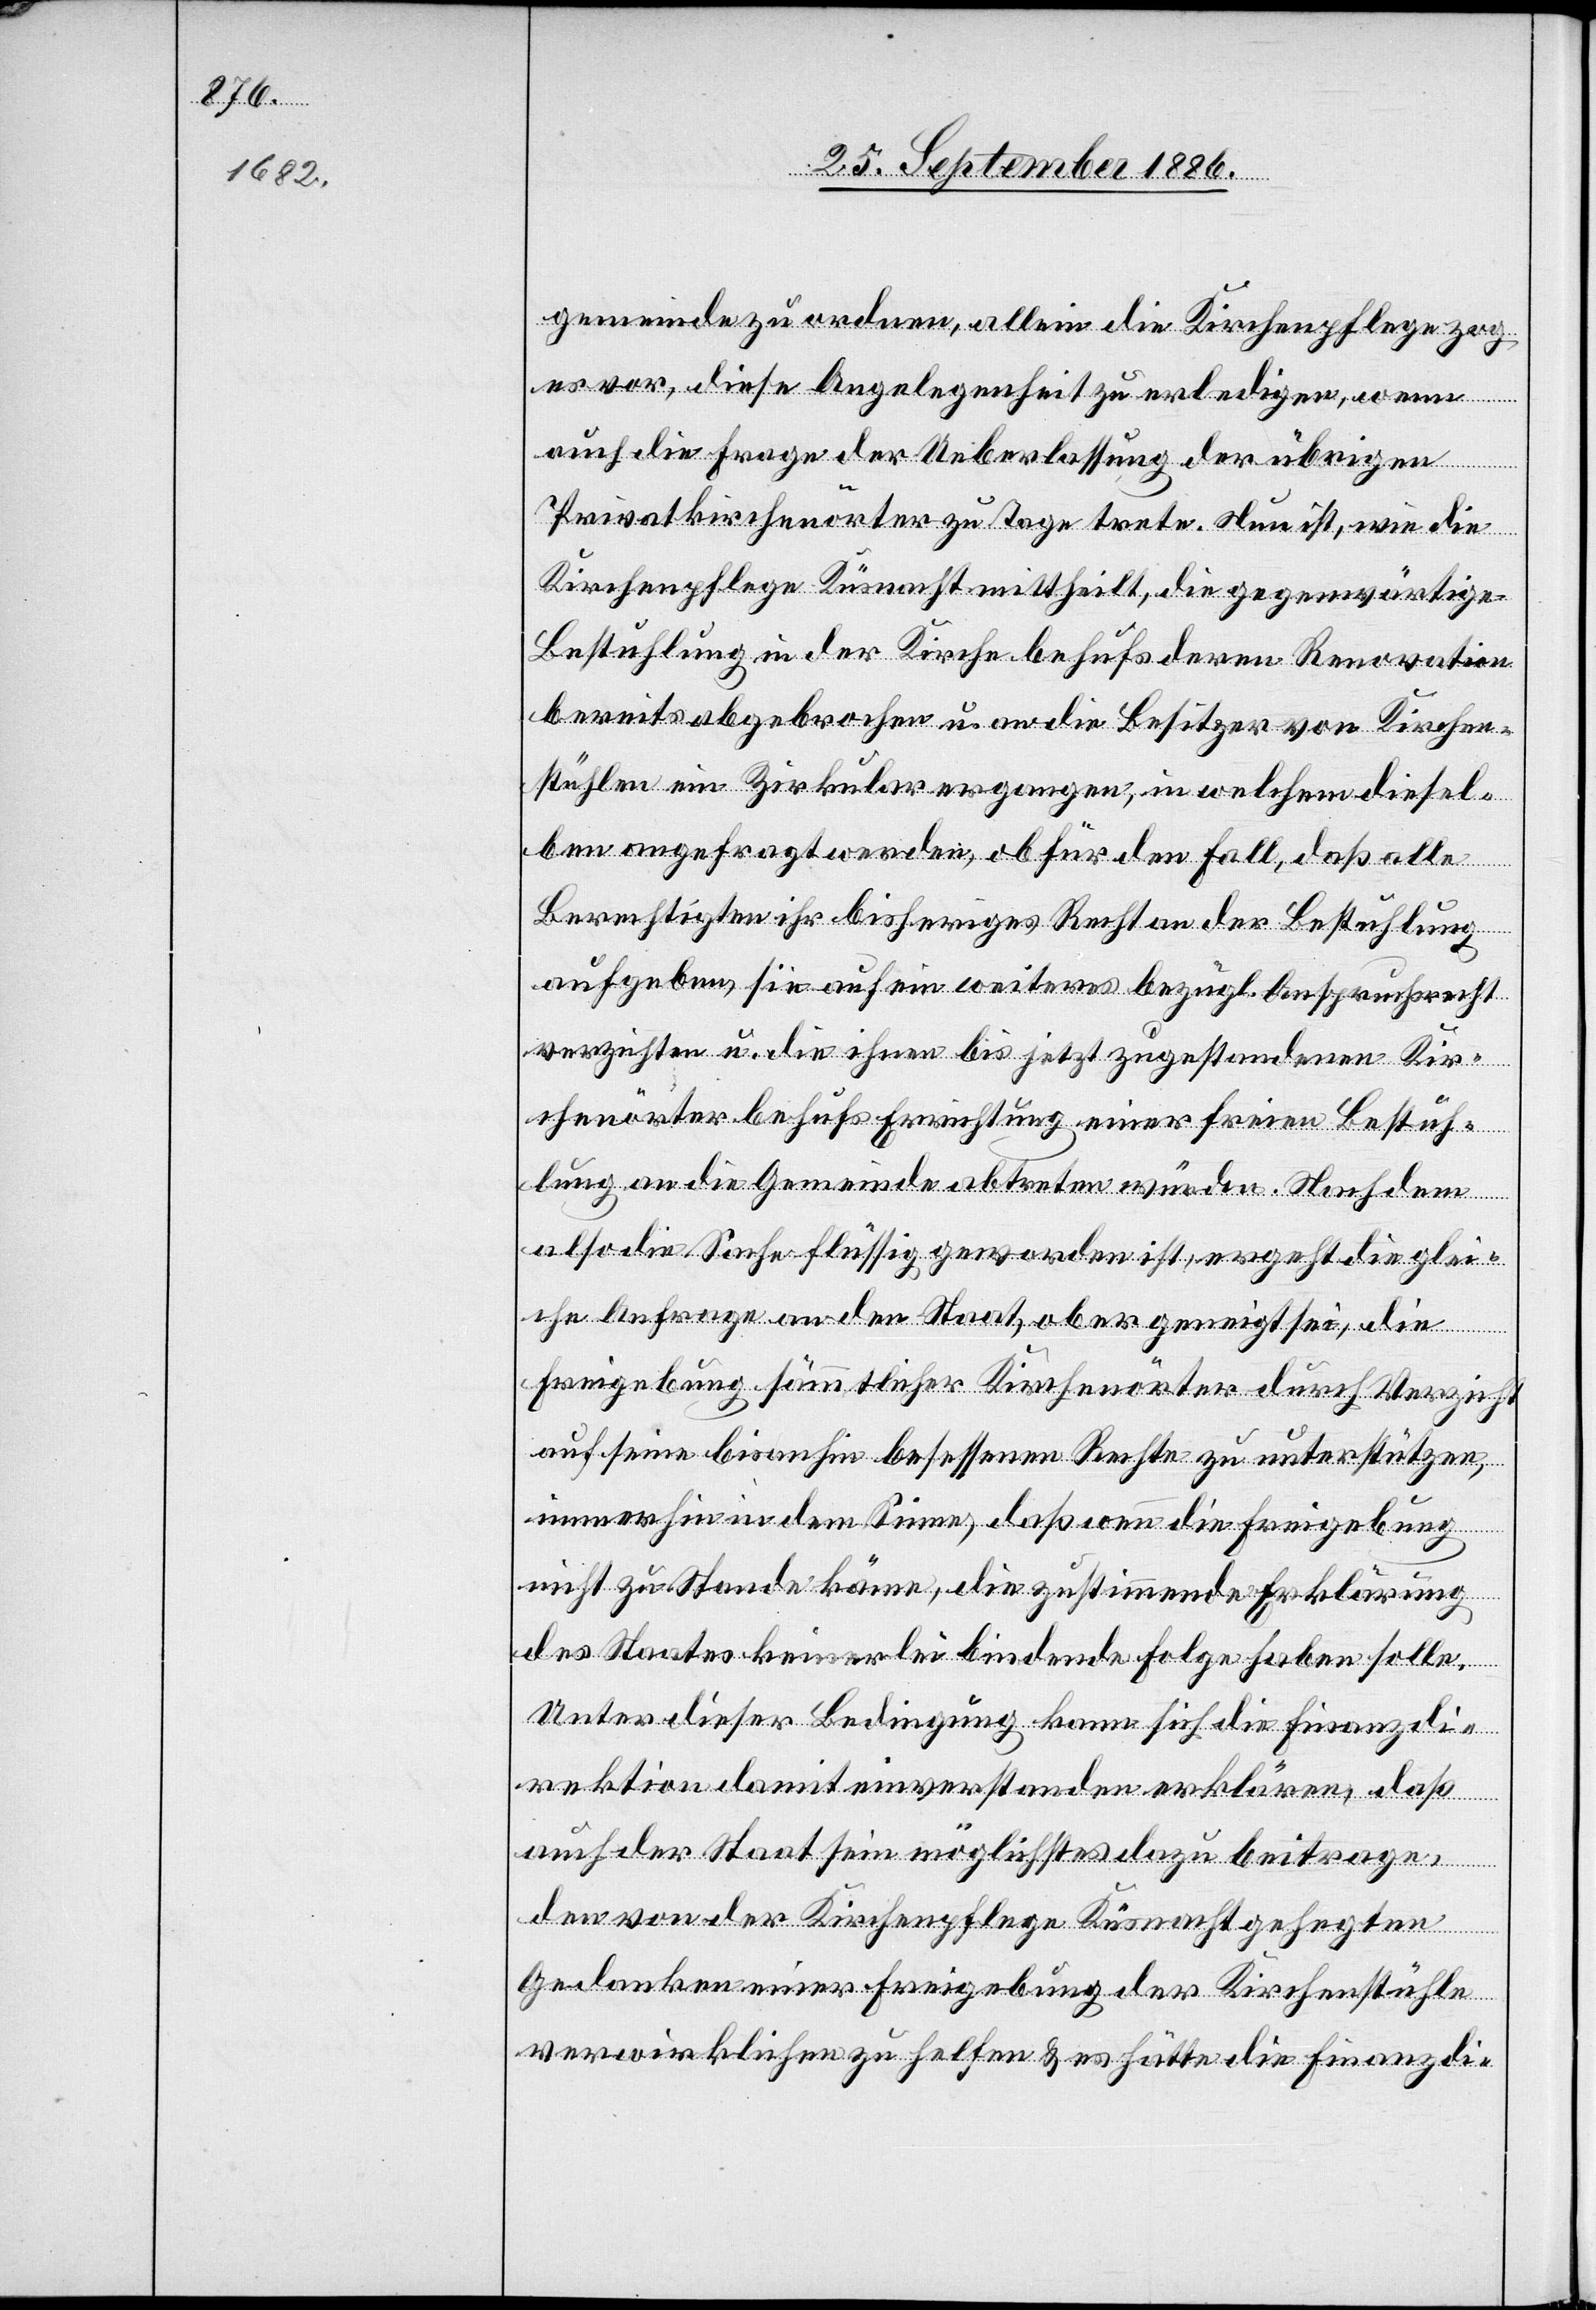
gemeinde zu ordnen, allein die Kirchenpflege zog
es vor, diese Angelegenheit zu erledigen, wenn
auch die Frage der Ueberlassung der übrigen
Privatkirchenörter zu Tage trete. Nun ist, wie die
Kirchenpflege Küsnacht mittheilt, die gegenwärtige
Bestuhlung in der Kirche behufs deren Renovation
bereits abgebrochen u. an die Besitzer von Kirchen¬
stühlen ein Zirkular ergangen, in welchem diesel¬
ben angefragt werden, ob für den Fall, daß alle
Berechtigten ihr bisheriges Recht an der Bestuhlung
aufgeben, sie auf ein weiteres bezügl. Anspruchsrecht
verzichten u. die ihnen bis jetzt zugestandenen Kir¬
chenörter behufs Errichtung einer freien Bestuh¬
lung an die Gemeinde abtreten würden. Nachdem
also die Sache flüssig [sic!] geworden ist, ergeht die glei¬
che Anfrage an den Staat, ob er geneigt sei, die
Freigebung sämmtlicher Kirchenörter durch Verzicht
auf seine bisanhin besessenen Rechte zu unterstützen,
immerhin in dem Sinne, daß wenn die Freigebung
nicht zu Stande käme, die zustimmende Erklärung
des Staates keinerlei bindende Folge haben solle.
Unter dieser Bedingung kann sich die Finanzdi¬
rektion damit einverstanden erklären, daß
auch der Staat sein möglichstes dazu beitrage,
den von der Kirchenpflege Küsnacht gehegten
Gedanken einer Freigebung der Kirchenstühle
verwirklichen zu helfen & es hätte die Finanzdi-